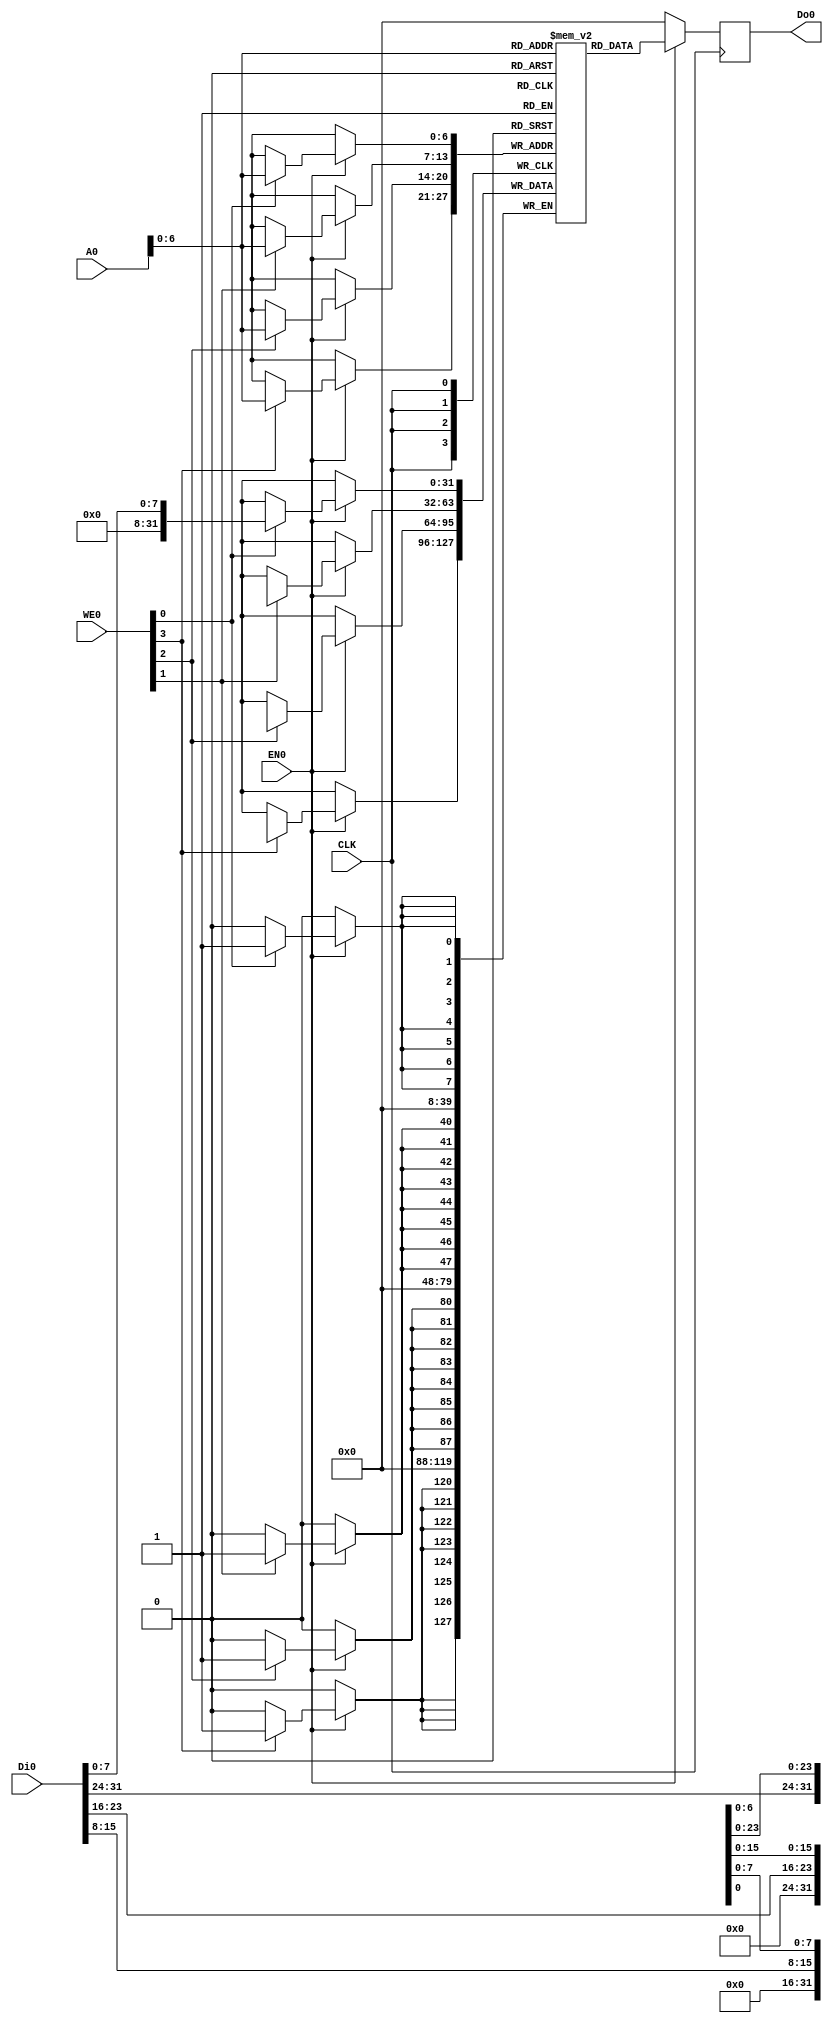
module bram(
    CLK,
    WE0,
    EN0,
    Di0,
    Do0,
    A0
);

    input   wire            CLK;
    input   wire    [3:0]   WE0;
    input   wire            EN0;
    input   wire    [31:0]  Di0;
    output  reg     [31:0]  Do0;
    input   wire    [31:0]   A0;

    // counter_la_fir.hex = 7.4kB = 1850 word 
    parameter N = 7;        //It should be greater than 7, otherwise it won't work.
    (* ram_style = "block" *) reg [31:0] RAM[0:2**N-1];     //  word per addr


    always @(posedge CLK)
        if(EN0) begin
            Do0 <= RAM[A0[N-1:0]];
            if(WE0[0]) RAM[A0[N-1:0]][7:0] <= Di0[7:0];
            if(WE0[1]) RAM[A0[N-1:0]][15:8] <= Di0[15:8];
            if(WE0[2]) RAM[A0[N-1:0]][23:16] <= Di0[23:16];
            if(WE0[3]) RAM[A0[N-1:0]][31:24] <= Di0[31:24];
        end
        else
            Do0 <= 32'b0;
endmodule